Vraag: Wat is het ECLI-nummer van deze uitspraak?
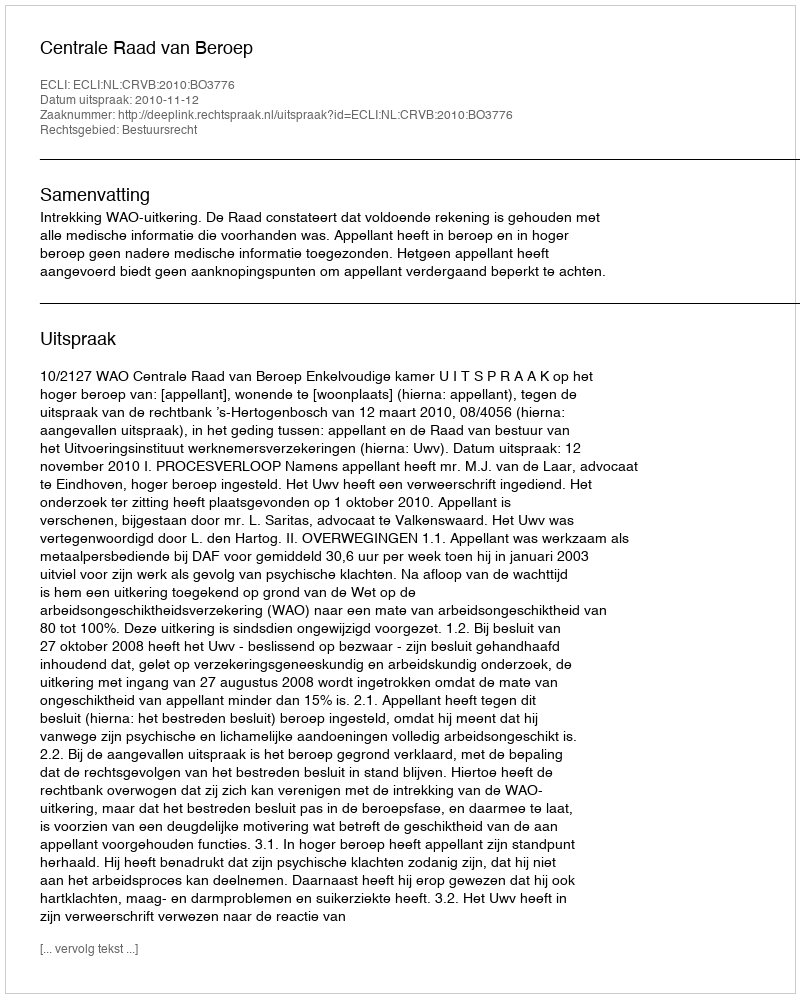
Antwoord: ECLI:NL:CRVB:2010:BO3776